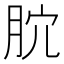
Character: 𣍥